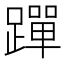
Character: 䠤